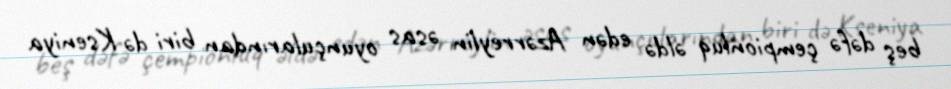
beş dəfə çempionluq əldə edən Azərreylin əsas oyunçularından biri də Kseniya